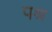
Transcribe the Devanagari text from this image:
पश्र